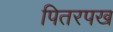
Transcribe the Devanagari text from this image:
पितरपख